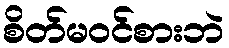
စိတ်မဝင်စားဘဲ